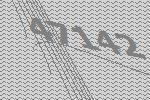
47142